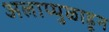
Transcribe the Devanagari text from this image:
अलाप्पुळाहून